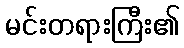
မင်းတရားကြီး၏